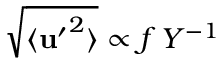
\sqrt { \langle { \bf u ^ { \prime } } ^ { 2 } \rangle } \propto f \, Y ^ { - 1 }